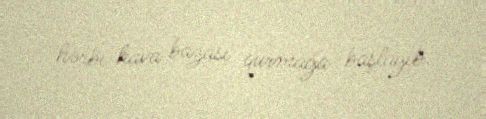
hərbi hava bazası qurmağa başlayıb.